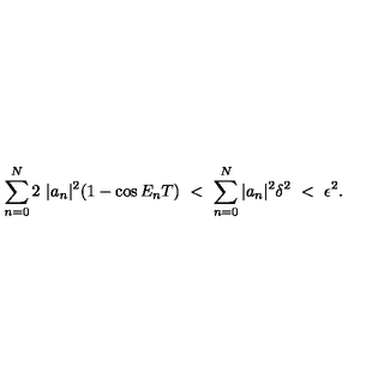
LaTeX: \sum _ { n = 0 } ^ { N } 2 \ | a _ { n } | ^ { 2 } ( 1 - \cos E _ { n } T ) \ < \ \sum _ { n = 0 } ^ { N } | a _ { n } | ^ { 2 } \delta ^ { 2 } \ < \ \epsilon ^ { 2 } .